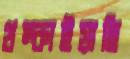
থম্‌কাইয়াছি